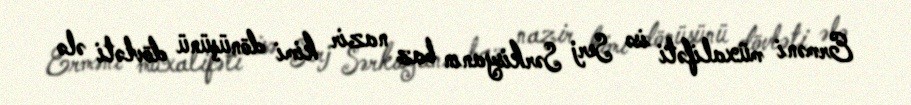
Erməni müxalifəti isə Serj Sərkisyanın baz nazir kimi dönüşünü dövləti ələ